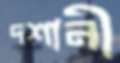
দশানী